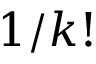
1 / k !